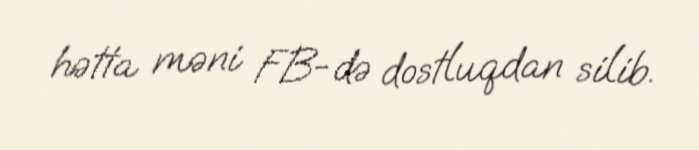
hətta məni FB-də dostluqdan silib.